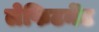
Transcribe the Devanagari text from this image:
लेफिटनेंट